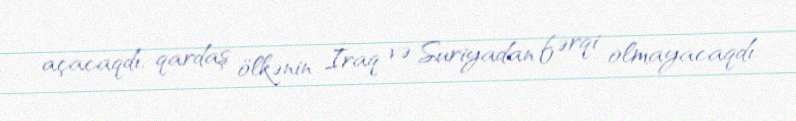
açacaqdı, qardaş ölkənin İraq və Suriyadan fərqi olmayacaqdı.